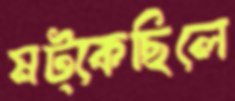
মট্‌কেছিলে